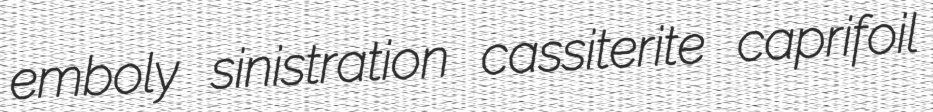
emboly sinistration cassiterite caprifoil